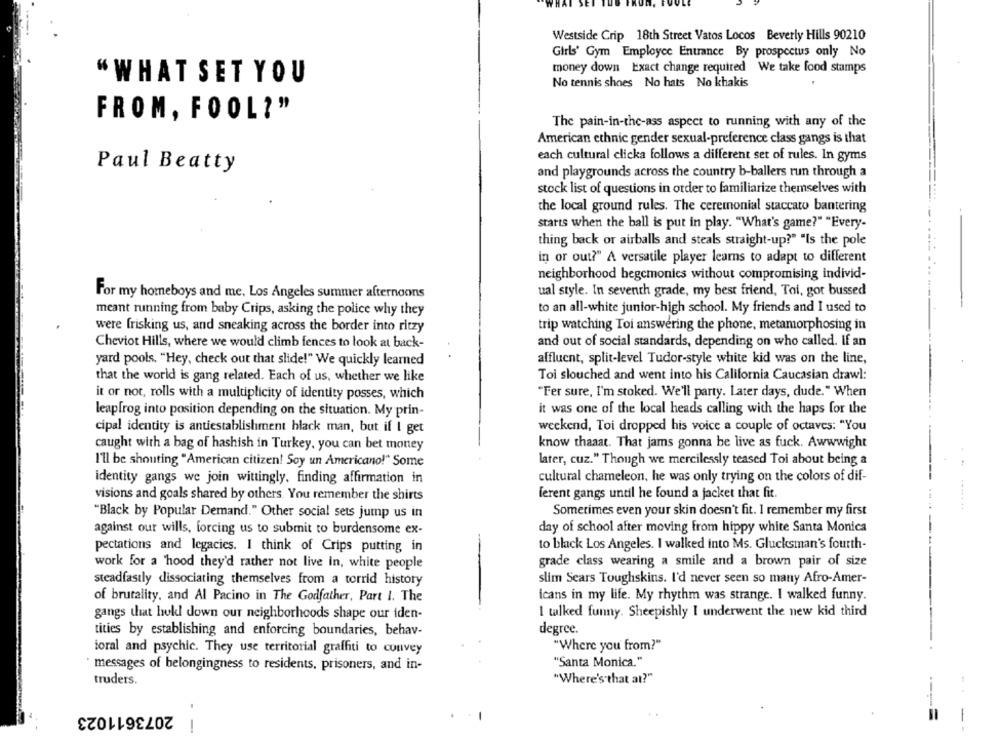
Westside Crip 18th Street Vatos Locos Beverly Hills 90210
Girls' Gym Employee Entrance By prospectus only No
money down Exact change required We take food stamps
"WHAT SET YOU
No tennis shoes No hats No khakis
FROM, FOOL?"
The pain-in-the-ass aspect to running with any of the
American ethnic gender sexual-preference class gangs is that
each cultural clicka follows a different set of rules. In gyms
Paul Beatty
and playgrounds across the country b-ballers run through a
stock list of questions in order to familiarize themselves with
the local ground rules. The ceremonial staccato bantering
starts when the ball is put in play. "What's game?" "Every-
thing back or airballs and steals straight-up?" "Is the pole
in or out?" A versatile player learns to adapt to different
neighborhood hegemonies without compromising individ-
For my homeboys and me, Los Angeles summer afternoons
ual style. In seventh grade, my best friend, Toi, gor bussed
meant running from baby Crips, asking the police why they
to an all-white junior-high school. My friends and I used to
were frisking us, and sneaking across the border into ritzy
trip watching Toi answering the phone, metamorphosing in
and out of social standards, depending on who called. If an
Cheviot Hills, where we would climb fences to look at back-
yard pools. "Hey, check out that slide!" We quickly learned
affluent, split-level Tudor-style white kid was on the line,
that the world is gang related. Each of us, whether we like
Toi slouched and went into his California Caucasian drawl:
"Fer sure, I'm stoked. We'll party. Later days, dude." When
it or not, rolls with a multiplicity of identity posses, which
leapfrog into position depending on the situation. My prin-
it was one of the local heads calling with the haps for the
cipal identity is antiestablishment black man, but if I get
weekend, Toi dropped his voice a couple of octaves: "You
know thaaat. That jams gonna be live as fuck. Awwwight
caught with a bag of hashish in Turkey, you can bet money
later, cuz." Though we mercilessly teased Toi about being a
I'll be shouting "American citizen! Soy un Americano!" Some
identity gangs we join wittingly, finding affirmation in
cultural chameleon, he was only trying on the colors of dif-
visions and goals shared by others. You remember the shirts
ferent gangs until he found a jacket that fit.
Sometimes even your skin doesn't fit. I remember my first
"Black by Popular Demand." Other social sets jump us in
against our wills, forcing us to submit to burdensome ex-
day of school after moving from hippy white Santa Monica
pectations and legacies. I think of Crips putting in
to black Los Angeles. I walked into Ms. Glucksman's fourth-
work for a 'hood they'd rather not live in, white people
grade class wearing a smile and a brown pair of size
steadfastly dissociating themselves from a torrid history
slim Sears Toughskins. I'd never seen so many Afro-Amer-
of brutality, and Al Pacino in The Godfather, Part I. The
icans in my life. My rhythm was strange. I walked funny.
gangs that hokl down our neighborhoods shape our iden-
I talked funny. Sheepishly I underwent the new kid third
degree.
tities by establishing and enforcing boundaries, behav-
"Where you from?"
ioral and psychic. They use territorial graffiti to convey
· messages of belongingness to residents, prisoners, and in-
"Santa Monica."
truders.
"Where's that at?"
2073611023
-
----
-